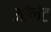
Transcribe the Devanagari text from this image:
औलेट